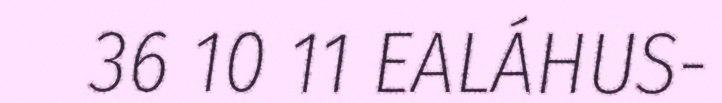
36 10 11 EALÁHUS-